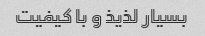
بسیار لذیذ و با کیفیت